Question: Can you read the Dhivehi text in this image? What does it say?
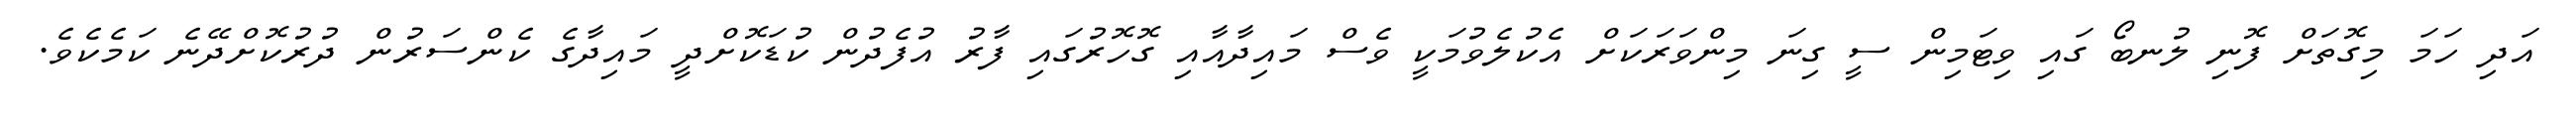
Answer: އަދި ހަމަ މިގޮތަށް ފޮނި ލުނބޯ ގައި ވިޓަމިން ސީ ގިނަ މިންވަރަކަށް އެކުލެވުމަކީ ވެސް މައިދާއާއި ގޮހޮރުގައި ފާރު އުފެދުން ކުޑަކޮށްދީ މައިދާގެ ކެންސަރުން ދުރުކޮށްދޭނެ ކަމެކެވެ.